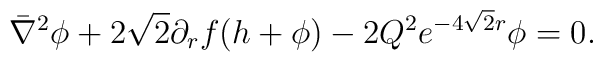
\bar \nabla^2 \phi + 2 \sqrt 2  \partial_r f ( h + \phi)- 2 Q^2 e^{- 4 \sqrt 2 r} \phi = 0.